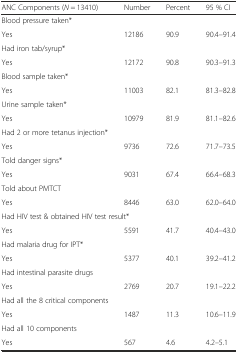
| ANC Components (N = 13410) | Number | Percent | 95 % CI |
 | --- | --- | --- | --- |
 | <COLSPAN=4> Blood pressure taken* |
 | Yes | 12186 | 90.9 | 90.4–91.4 |
 | <COLSPAN=4> Had iron tab/syrup* |
 | Yes | 12172 | 90.8 | 90.3–91.3 |
 | <COLSPAN=4> Blood sample taken* |
 | Yes | 11003 | 82.1 | 81.3–82.8 |
 | <COLSPAN=4> Urine sample taken* |
 | Yes | 10979 | 81.9 | 81.1–82.6 |
 | <COLSPAN=4> Had 2 or more tetanus injection* |
 | Yes | 9736 | 72.6 | 71.7–73.5 |
 | <COLSPAN=4> Told danger signs* |
 | Yes | 9031 | 67.4 | 66.4–68.3 |
 | <COLSPAN=4> Told about PMTCT |
 | Yes | 8446 | 63.0 | 62.0–64.0 |
 | <COLSPAN=4> Had HIV test & obtained HIV test result* |
 | Yes | 5591 | 41.7 | 40.4–43.0 |
 | <COLSPAN=4> Had malaria drug for IPT* |
 | Yes | 5377 | 40.1 | 39.2–41.2 |
 | <COLSPAN=4> Had intestinal parasite drugs |
 | Yes | 2769 | 20.7 | 19.1–22.2 |
 | Had all the 8 critical components |  |  |  |
 | Yes | 1487 | 11.3 | 10.6–11.9 |
 | <COLSPAN=4> Had all 10 components |
 | Yes | 567 | 4.6 | 4.2–5.1 |